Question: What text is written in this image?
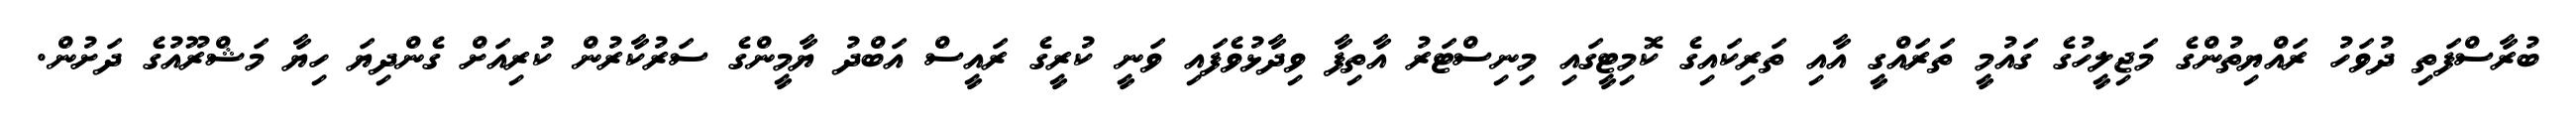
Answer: ބުރާސްފަތި ދުވަހު ރައްޔިތުންގެ މަޖިލީހުގެ ގައުމީ ތަރައްގީ އާއި ތަރިކައިގެ ކޮމިޓީގައި މިނިސްޓަރު އާތިފާ ވިދާޅުވެފައި ވަނީ ކުރީގެ ރައީސް އަބްދު ޔާމީންގެ ސަރުކާރުން ކުރިއަށް ގެންދިޔަ ހިޔާ މަޝްރޫއުގެ ދަށުން.